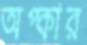
অপ্কার